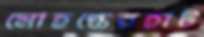
মোহন্তেরহাট